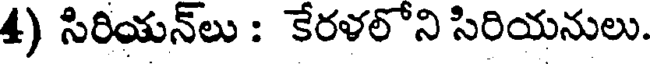
4) సిరియన్లు : కేరళలోని సిరియనులు.